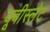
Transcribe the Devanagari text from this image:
यूबीस्लेट